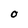
Character: O